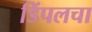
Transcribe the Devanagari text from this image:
डिंपलचा